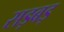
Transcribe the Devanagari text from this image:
सड़बड़